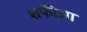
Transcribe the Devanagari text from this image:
शफीआ